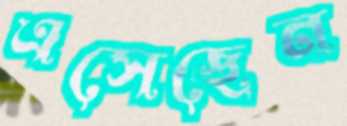
এসেছেন